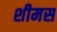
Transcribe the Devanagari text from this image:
शीमस